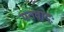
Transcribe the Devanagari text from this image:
मतवादः